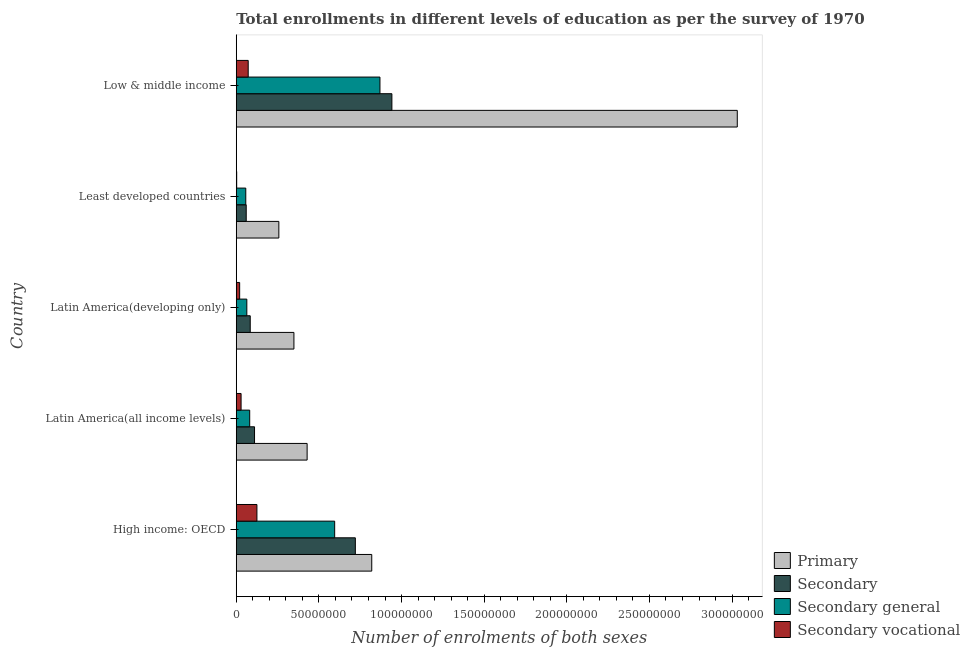
| Country | Primary | Secondary | Secondary general | Secondary vocational |
 | --- | --- | --- | --- | --- |
 | High income: OECD | 8.2e+07 | 7.21e+07 | 5.95e+07 | 1.25e+07 |
 | Latin America(all income levels) | 4.29e+07 | 1.11e+07 | 8.13e+06 | 2.92e+06 |
 | Latin America(developing only) | 3.49e+07 | 8.46e+06 | 6.39e+06 | 2.06e+06 |
 | Least developed countries | 2.58e+07 | 6.03e+06 | 5.76e+06 | 2.6e+05 |
 | Low & middle income | 3.03e+08 | 9.42e+07 | 8.69e+07 | 7.23e+06 |